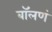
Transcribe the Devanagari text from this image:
बॉलणं